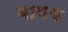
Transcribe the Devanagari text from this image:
बायफ